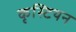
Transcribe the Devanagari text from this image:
कृस्टियन